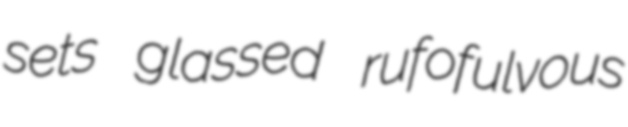
sets glassed rufofulvous